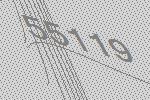
55119